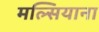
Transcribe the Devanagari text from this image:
मल्सियाना